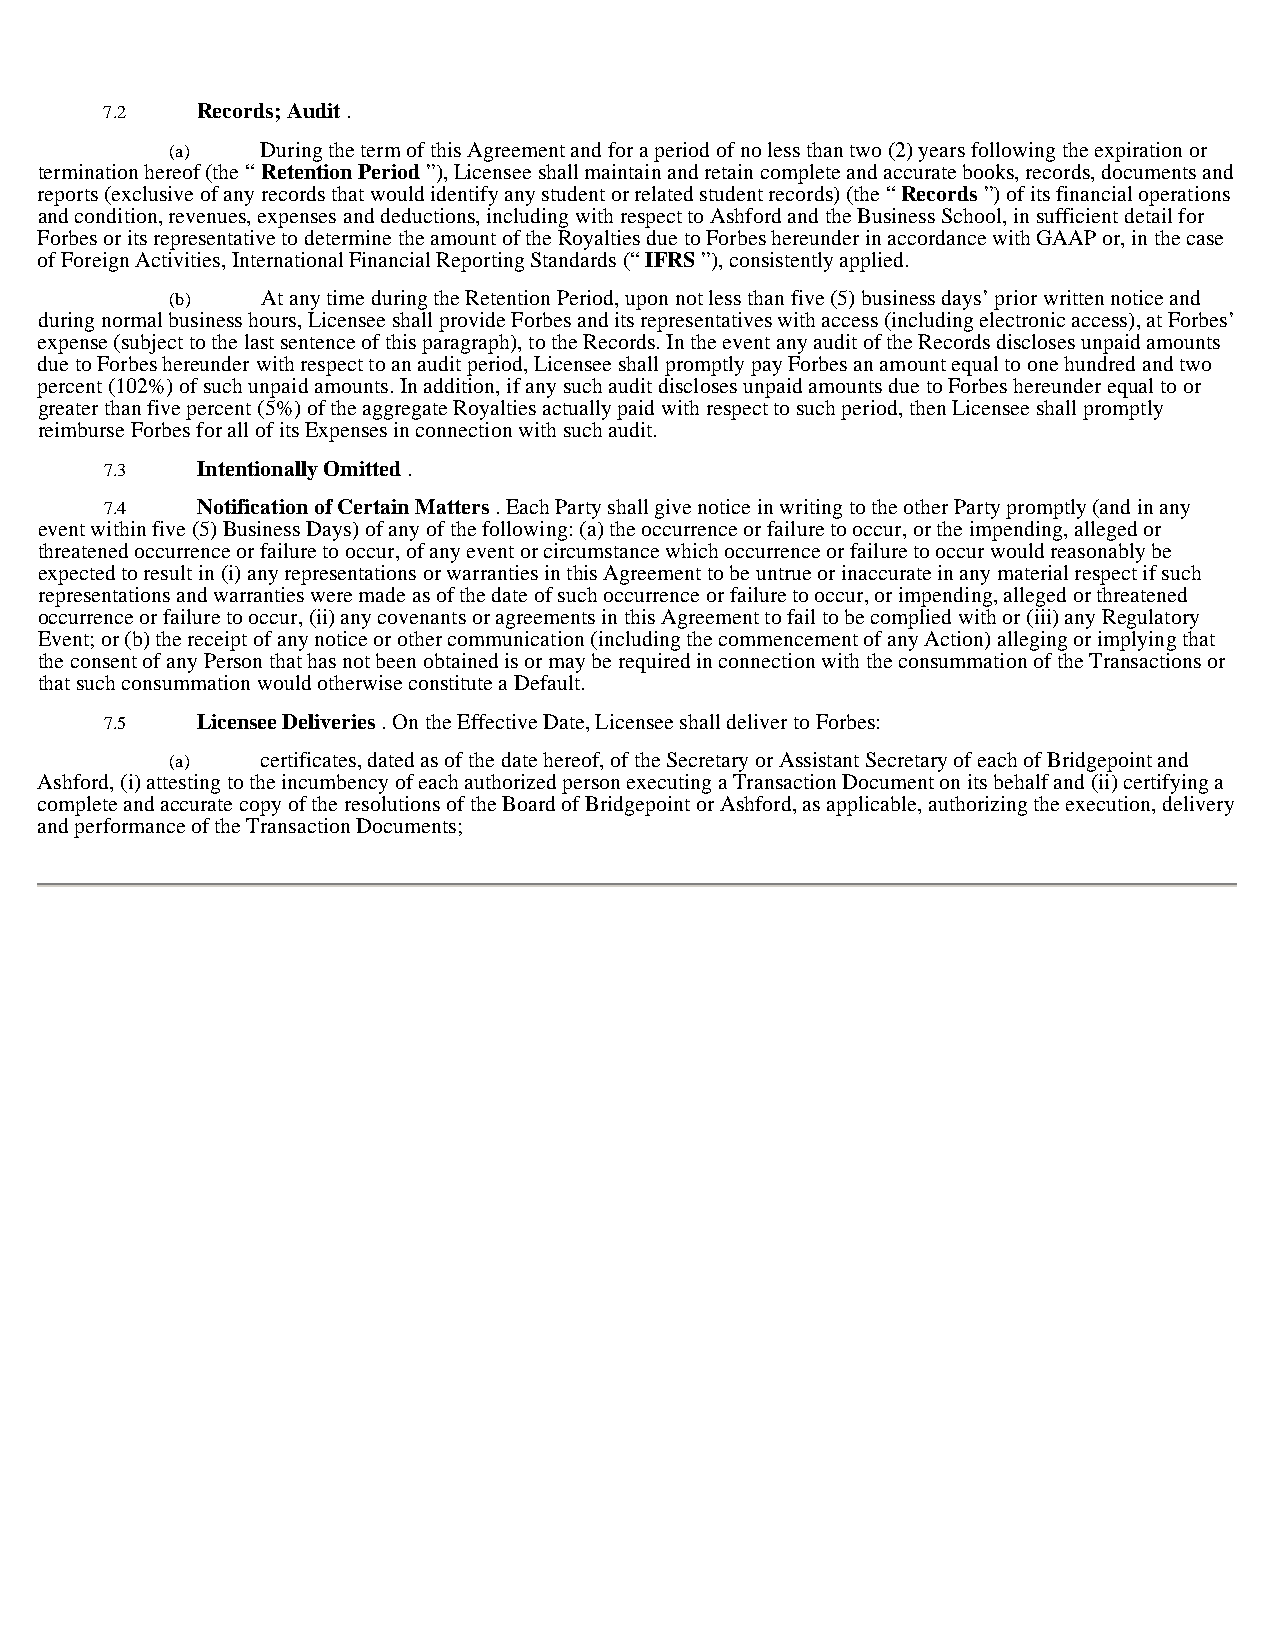
7.2   Records; Audit .
 (a)   During the term of this Agreement and for a period of no less than two (2) years following the expiration or
 termination hereof (the “ Retention Period ”), Licensee shall maintain and retain complete and accurate books, records, documents and
 reports (exclusive of any records that would identify any student or related student records) (the “ Records ”) of its financial operations
 and condition, revenues, expenses and deductions, including with respect to Ashford and the Business School, in sufficient detail for
 Forbes or its representative to determine the amount of the Royalties due to Forbes hereunder in accordance with GAAP or, in the case
 of Foreign Activities, International Financial Reporting Standards (“ IFRS ”), consistently applied.
 (b)   At any time during the Retention Period, upon not less than five (5) business days’ prior written notice and
 during normal business hours, Licensee shall provide Forbes and its representatives with access (including electronic access), at Forbes’
 expense (subject to the last sentence of this paragraph), to the Records. In the event any audit of the Records discloses unpaid amounts
 due to Forbes hereunder with respect to an audit period, Licensee shall promptly pay Forbes an amount equal to one hundred and two
 percent (102%) of such unpaid amounts. In addition, if any such audit discloses unpaid amounts due to Forbes hereunder equal to or
 greater than five percent (5%) of the aggregate Royalties actually paid with respect to such period, then Licensee shall promptly
 reimburse Forbes for all of its Expenses in connection with such audit.
 7.3   Intentionally Omitted .
 7.4   Notification of Certain Matters . Each Party shall give notice in writing to the other Party promptly (and in any
 event within five (5) Business Days) of any of the following: (a) the occurrence or failure to occur, or the impending, alleged or
 threatened occurrence or failure to occur, of any event or circumstance which occurrence or failure to occur would reasonably be
 expected to result in (i) any representations or warranties in this Agreement to be untrue or inaccurate in any material respect if such
 representations and warranties were made as of the date of such occurrence or failure to occur, or impending, alleged or threatened
 occurrence or failure to occur, (ii) any covenants or agreements in this Agreement to fail to be complied with or (iii) any Regulatory
 Event; or (b) the receipt of any notice or other communication (including the commencement of any Action) alleging or implying that
 the consent of any Person that has not been obtained is or may be required in connection with the consummation of the Transactions or
 that such consummation would otherwise constitute a Default.
 7.5   Licensee Deliveries . On the Effective Date, Licensee shall deliver to Forbes:
 (a)   certificates, dated as of the date hereof, of the Secretary or Assistant Secretary of each of Bridgepoint and
 Ashford, (i) attesting to the incumbency of each authorized person executing a Transaction Document on its behalf and (ii) certifying a
 complete and accurate copy of the resolutions of the Board of Bridgepoint or Ashford, as applicable, authorizing the execution, delivery
 and performance of the Transaction Documents;